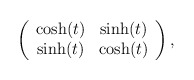
\begin{align*}\left( \begin{array}{cc} \cosh(t) & \sinh(t) \\ \sinh(t) & \cosh(t) \end{array} \right),\end{align*}